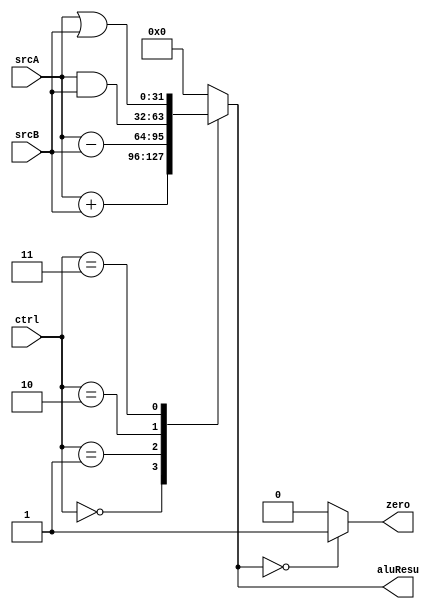
module alu(
    input [31:0] srcA,
    input [31:0] srcB,
    input [2:0] ctrl,
    output reg zero,
    output reg [31:0] aluResu
);

always @(*) begin
    case (ctrl)
        3'b000: aluResu = srcA + srcB; // ADD operation
        3'b001: aluResu = srcA - srcB; // SUB operation
        3'b010: aluResu = srcA & srcB; // AND operation
        3'b011: aluResu = srcA | srcB; // OR operation
        default: aluResu = 32'b0; // Default case
    endcase
    
    // Set zero flag
    if (aluResu == 32'b0)
        zero = 1;
    else
        zero = 0;
end

endmodule